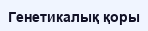
Генетикалық қоры